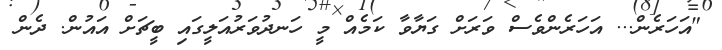
"އަހަރެން... އަހަރެންވެސް ވަރަށް ގަޔާވާ ކަމެއް މީ ހަނދުވަރުއަލީގައި ބީޗަށް އައުން. ދެން